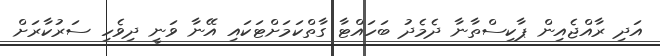
އަދި ރާއްޖެއިން ޕާކިސްތާނާ ދެމެދު ބަހައްޓާ ގާތްކަމަށްޓަކައި އޭނާ ވަނީ ދިވެހި ސަރުކާރަށް